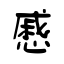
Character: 慼